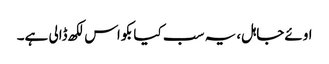
اوئےجاہل، یہ سب کیا بکواس لکھ ڈالی ہے۔